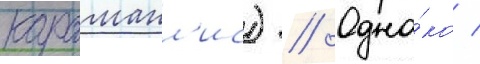
караманл'ис) // Одна́ко /